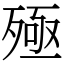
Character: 殛